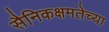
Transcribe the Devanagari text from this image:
सैनिकक्षमतेच्या